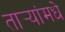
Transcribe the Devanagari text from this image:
तार्‍यांमधे